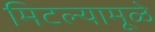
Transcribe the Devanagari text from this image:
मिटल्यामूळे